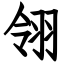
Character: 翎